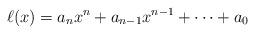
LaTeX: \begin{align*}\ell(x)=a_nx^n+a_{n-1}x^{n-1}+\cdots +a_0\end{align*}